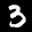
Label: 3